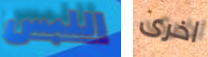
اللبس اخرى